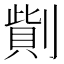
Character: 𠟓